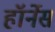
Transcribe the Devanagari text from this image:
हॉर्नेस